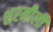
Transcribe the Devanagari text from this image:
शरमीली